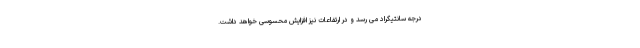
درجه سانتیگراد می رسد و در ارتفاعات نیز افزایش محسوسی خواهد داشت.